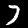
Label: 7